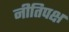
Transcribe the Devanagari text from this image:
नीतिपक्ष